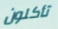
تأكلون